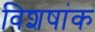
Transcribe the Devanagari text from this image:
विशषांक